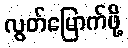
လွတ်မြောက်ဖို့